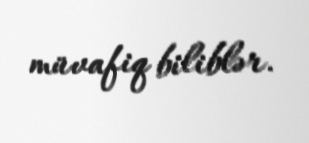
müvafiq biliblər.